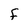
Character: f